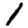
Digit: 1